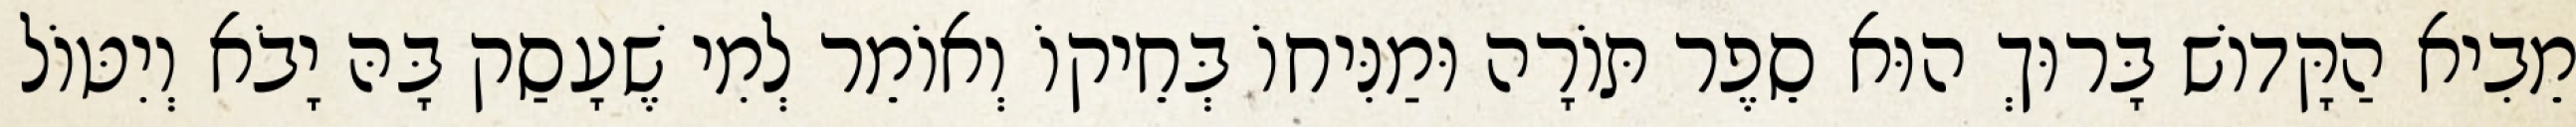
מֵבִיא הַקָּדוֹשׁ בָּרוּךְ הוּא סֵפֶר תּוֹרָה וּמַנִּיחוֹ בְּחֵיקוֹ וְאוֹמֵר לְמִי שֶׁעָסַק בָּהּ יָבֹא וְיִטּוֹל